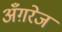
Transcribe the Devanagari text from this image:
अँग़रेज